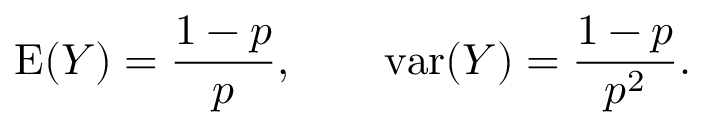
\operatorname { E } ( Y ) = { \frac { 1 - p } { p } } , \qquad \operatorname { v a r } ( Y ) = { \frac { 1 - p } { p ^ { 2 } } } .